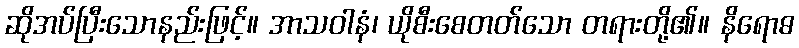
ဆိုအပ်ပြီးသောနည်းဖြင့်။ အာသဝါနံ၊ ယိုစီးစေတတ်သော တရားတို့၏။ နိရောဓ